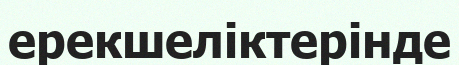
ерекшеліктерінде